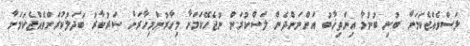
ލަސްވެއްޖެކަމަށް ބުނި ބުނުމާ އިންތިޚާބު އަންނަންދެން ލަސްކުރަން ނުޖެހޭކަމަށާ މިހާރުންމިހާރަށް ސަރުކާރު ބަދަލުކުރަންވެއްޖެކަމަށާ